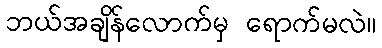
ဘယ်အချိန်လောက်မှ ရောက်မလဲ။